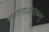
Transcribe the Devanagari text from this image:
एफएलआरडब्ल्यू